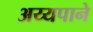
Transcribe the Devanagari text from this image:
अय्यपाने